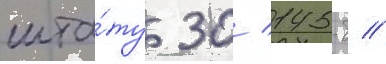
шта́ту 30/ 145-б //